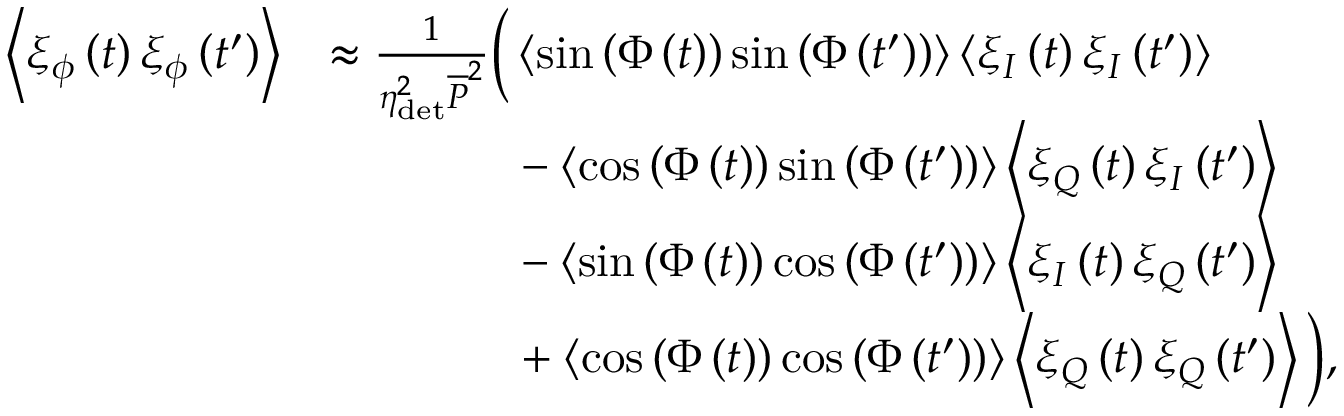
\begin{array} { r l } { \left\langle \xi _ { \phi } \left( t \right) \xi _ { \phi } \left( t ^ { \prime } \right) \right\rangle } & { \approx \frac { 1 } { \eta _ { \mathrm { d e t } } ^ { 2 } \overline { { P } } ^ { 2 } } \Big ( \left\langle \sin { \left( \Phi \left( t \right) \right) } \sin { \left( \Phi \left( t ^ { \prime } \right) \right) } \right\rangle \left\langle \xi _ { I } \left( t \right) \xi _ { I } \left( t ^ { \prime } \right) \right\rangle } \\ & { \hphantom { = \frac { 1 } { \eta _ { \mathrm { d e t } } ^ { 2 } \overline { { P } } ^ { 2 } } \Big ( } - \left\langle \cos { \left( \Phi \left( t \right) \right) } \sin { \left( \Phi \left( t ^ { \prime } \right) \right) } \right\rangle \left\langle \xi _ { Q } \left( t \right) \xi _ { I } \left( t ^ { \prime } \right) \right\rangle } \\ & { \hphantom { = \frac { 1 } { \eta _ { \mathrm { d e t } } ^ { 2 } \overline { { P } } ^ { 2 } } \Big ( } - \left\langle \sin { \left( \Phi \left( t \right) \right) } \cos { \left( \Phi \left( t ^ { \prime } \right) \right) } \right\rangle \left\langle \xi _ { I } \left( t \right) \xi _ { Q } \left( t ^ { \prime } \right) \right\rangle } \\ & { \hphantom { = \frac { 1 } { \eta _ { \mathrm { d e t } } ^ { 2 } \overline { { P } } ^ { 2 } } \Big ( } + \left\langle \cos { \left( \Phi \left( t \right) \right) } \cos { \left( \Phi \left( t ^ { \prime } \right) \right) } \right\rangle \left\langle \xi _ { Q } \left( t \right) \xi _ { Q } \left( t ^ { \prime } \right) \right\rangle \Big ) , } \end{array}